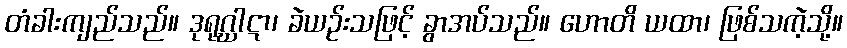
တံခါးကျည်သည်။ ဒုရုဂ္ဃါဋာ၊ ခဲယဉ်းသဖြင့် ခွာအပ်သည်။ ဟောတိ ယထာ၊ ဖြစ်သကဲ့သို့။